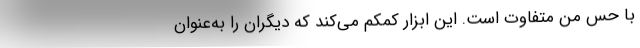
با حس من متفاوت است. این ابزار کمکم می‌کند که دیگران را به‌عنوان